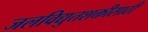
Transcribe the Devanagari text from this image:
जलविद्युतशक्तीसाठी